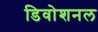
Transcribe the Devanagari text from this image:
डिवोशनल